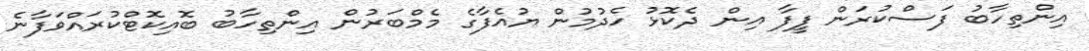
އިންތިހާބު ފަސްކުރަން ފީފާ އިން ދެކޮޅު ހެދުމުން ޔުއެފާގެ މެމްބަރުން އިންތިހާބު ބޮއިކޮޓްކުރައްވަފާނެ